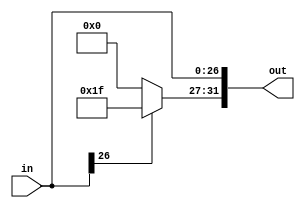
module extender_target(in, out);

	input [26:0] in;
	output [31:0] out;
	
	assign out[26:0] = in;
	
	wire [4:0] leftbits = in[26] ? 5'b11111 : 5'b0;
	
	assign out[31:27] = leftbits;
	

endmodule